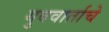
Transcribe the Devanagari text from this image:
युववार्ताचे